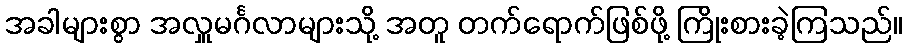
အခါများစွာ အလှူမင်္ဂလာများသို့ အတူ တက်ရောက်ဖြစ်ဖို့ ကြိုးစားခဲ့ကြသည်။